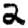
Digit: 2